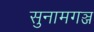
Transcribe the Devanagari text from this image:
सुनामगञ्ज